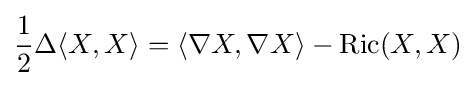
{\frac {1}{2}}\Delta \langle X,X\rangle =\langle \nabla X,\nabla X\rangle -\operatorname {Ric} (X,X)